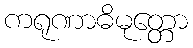
ကရုဏာဓိမုတ္တော